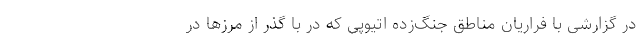
در گزارشی با فراریان مناطق جنگ‌زده اتیوپی که در با گذر از مرزها در